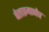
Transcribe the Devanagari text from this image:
बेताप्रमाणेच